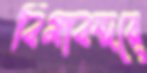
বিমাবন্দরে